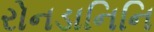
રોનડાનિનિ